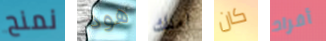
نمنح هود املك كان أفراد